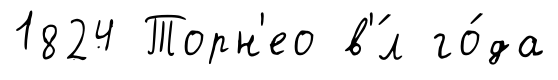
1824 Торн'ео в'́л го́да